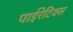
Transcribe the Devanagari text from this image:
पाईरेटिक्स